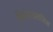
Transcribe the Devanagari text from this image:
हिमोडायलेसिस